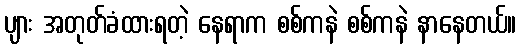
ပျား အတုတ်ခံထားရတဲ့ နေရာက စစ်ကနဲ စစ်ကနဲ နာနေတယ်။